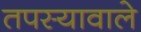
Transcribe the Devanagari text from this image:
तपस्यावाले